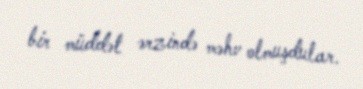
bir müddət ərzində məhv olmuşdular.